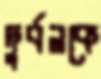
দুর্বলকে